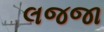
લજજા